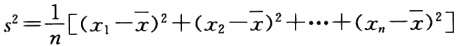
\[s^{2}=\frac{1}{n}[(x_{1}-\overline{x})^{2}+(x_{2}-\overline{x})^{2}+\cdots+(x_{n}-\overline{x})^{2}]\]